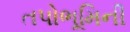
તપોભૂમિની